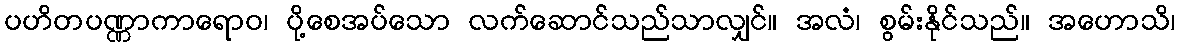
ပဟိတပဏ္ဏာကာရောဝ၊ ပို့စေအပ်သော လက်ဆောင်သည်သာလျှင်။ အလံ၊ စွမ်းနိုင်သည်။ အဟောသိ၊